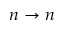
n \rightarrow n